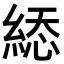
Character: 𦁔